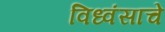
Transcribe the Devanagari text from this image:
विध्वंसाचे